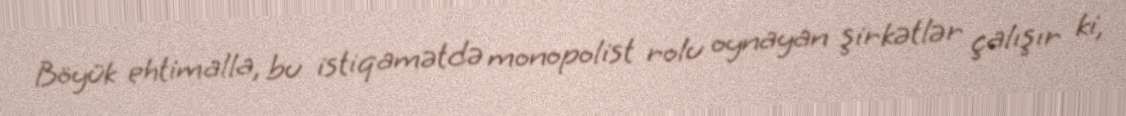
Böyük ehtimalla, bu istiqamətdə monopolist rolu oynayan şirkətlər çalışır ki,